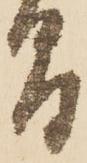
間